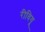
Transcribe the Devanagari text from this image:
रीवियू